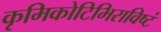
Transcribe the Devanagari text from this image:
कृमिकोटिभिराविष्टं